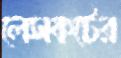
লেসকটের